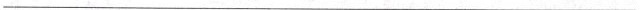
___